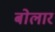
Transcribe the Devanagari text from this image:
बोलार